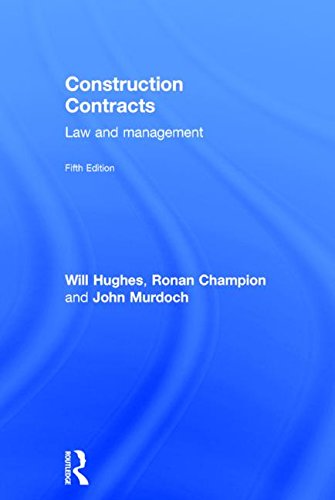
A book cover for Construction Contracts: Law and Management; Will Hughes; Law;